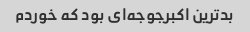
بدترین اکبرجوجه‌ای بود که خوردم